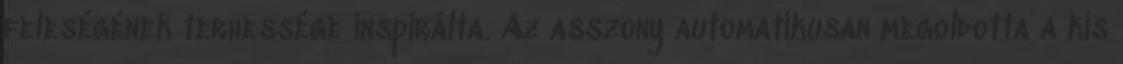
feleségének terhessége inspirálta. Az asszony automatikusan megoldotta a kis